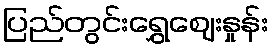
ပြည်တွင်းရွှေဈေးနှုန်း